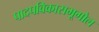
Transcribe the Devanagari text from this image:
पादपविकासभूगोल